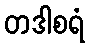
တဒါစရံ